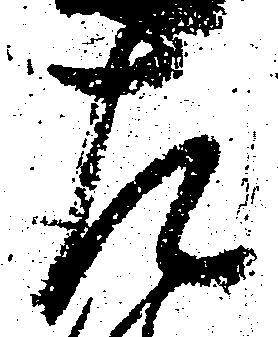
左